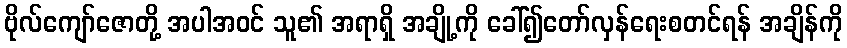
ဗိုလ်ကျော်ဇောတို့ အပါအဝင် သူ၏ အရာရှိ အချို့ကို ခေါ်၍တော်လှန်ရေးစတင်ရန် အချိန်ကို